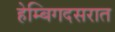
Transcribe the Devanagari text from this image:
हेम्बिगदसरात